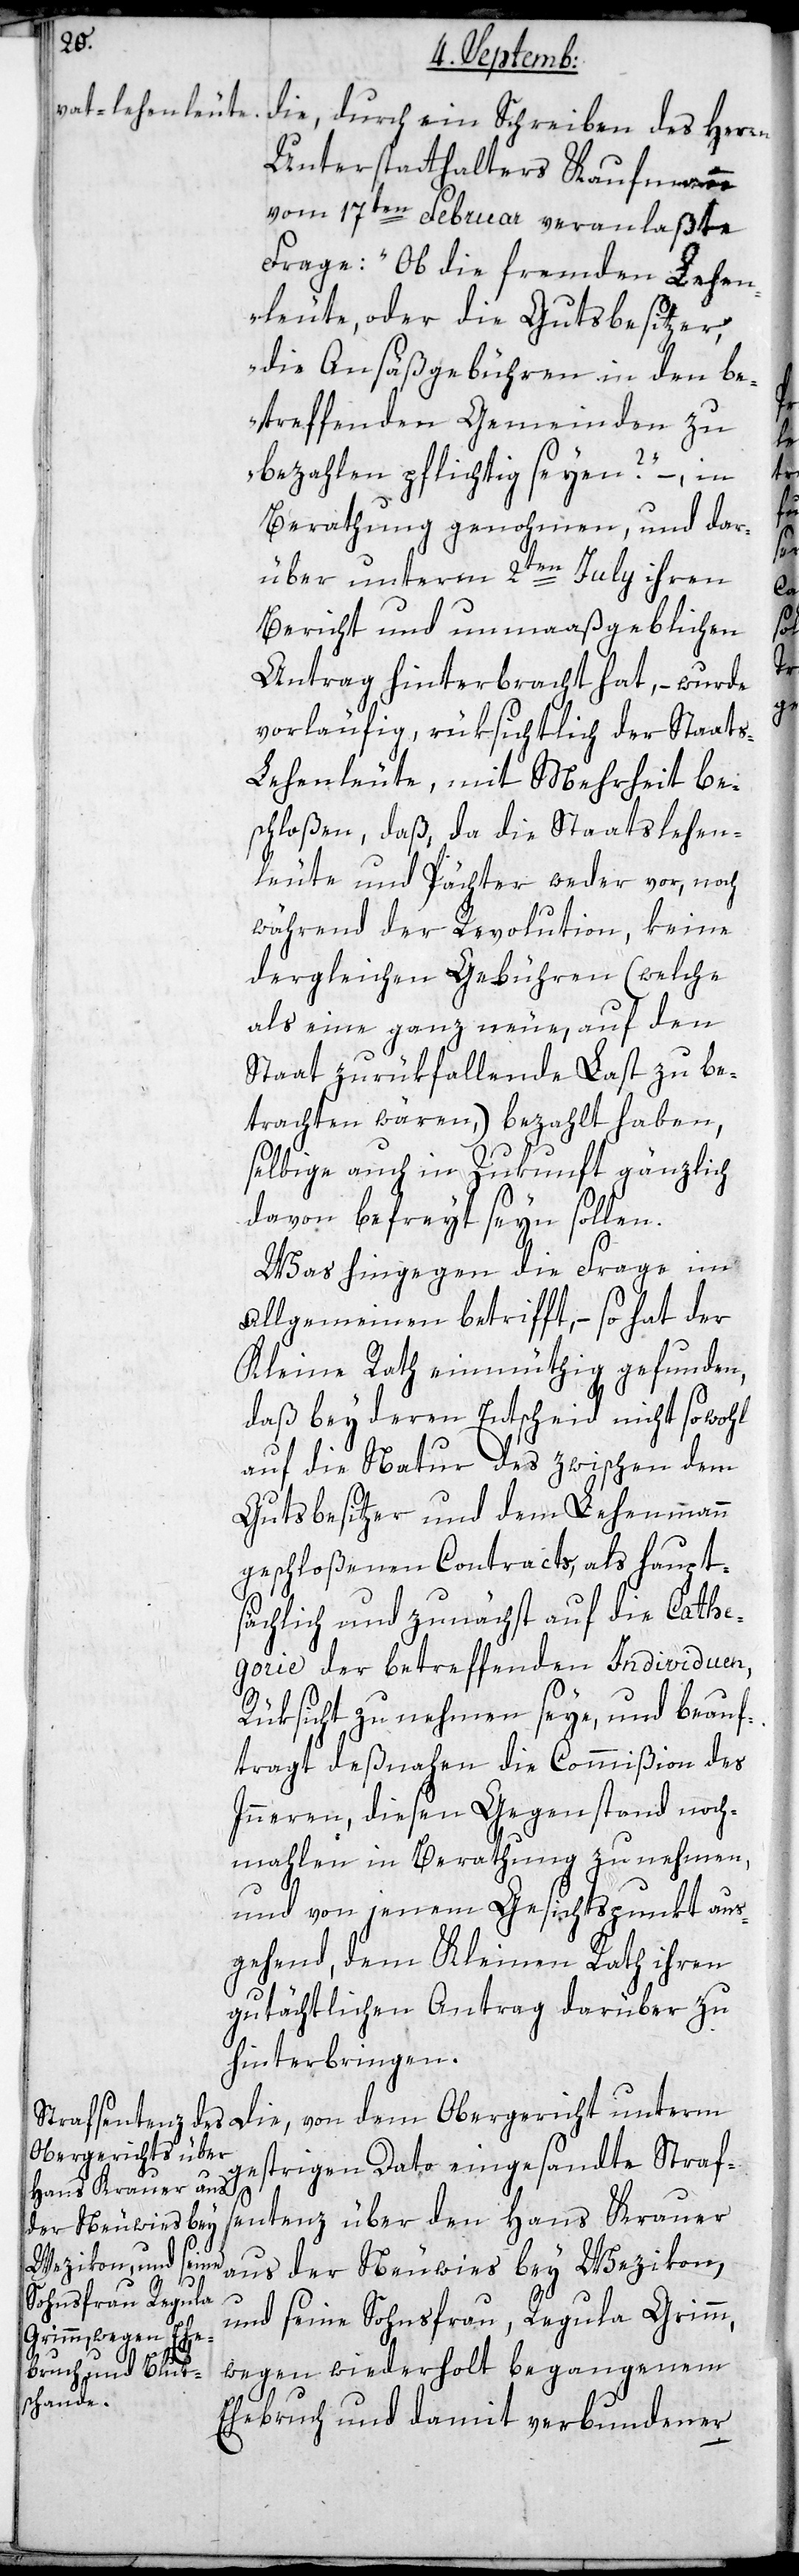
die durch ein Schreiben des Herrn
Unterstatthalters Kaufmann
vom 17ten Februar veranlaßte
Frage: „Ob die fremden Lehen¬
leute oder die Gutsbesitzer,
die Ansäßgebühren in den be¬
treffenden Gemeinden zu
bezahlen pflichtig seyen?“ – in
Berathung genommen und dar¬
über unterm 2ten July ihren
Bericht und unmaaßgeblichen
Antrag hinterbracht hat, – wurde
vorläufig, rüksichtlich der Staat¬
s-Lehenleute, mit Mehrheit be¬
schloßen, daß da die Staatslehen¬
leute und Pächter weder vor, noch
während der Revolution, keine
dergleichen Gebühren (welche
als eine ganz neue, auf den
Staat zurükfallende Last zu be¬
trachten wären,) bezahlt haben,
selbige auch in Zukunft gänzlich
davon befreyt seyn sollen.
Was hingegen die Frage im
Allgemeinen betrifft, – so hat der
Kleine Rath einmüthig gefunden,
daß bey deren Entscheid nicht sowohl
auf die Natur des zwischen dem
Gutsbesitzer und dem Lehenmann
geschloßenen Contracts, als haupt¬
sächlich und zunächst auf die Cathe¬
gorie der betreffenden Individuen,
Rüksicht zu nehmen seye, und beauf¬
tragt deßnahen die Commißion des
Innern, diesen Gegenstand noch¬
mahlen in Berathung zu nehmen,
und von jenem Gesichtspunkt aus¬
gehend, dem Kleinen Rath ihren
gutächtlichen Antrag darüber zu
hinterbringen.
Die von dem Obergericht unterm
gestrigen Dato eingesandte Straf¬
sentenz über den Hans Krauer
aus der Neuwies bey Wezikon,
und seine Sohnsfrau Regula Grimm,
wegen wiederholt begangenem
Ehebruch und damit verbundener